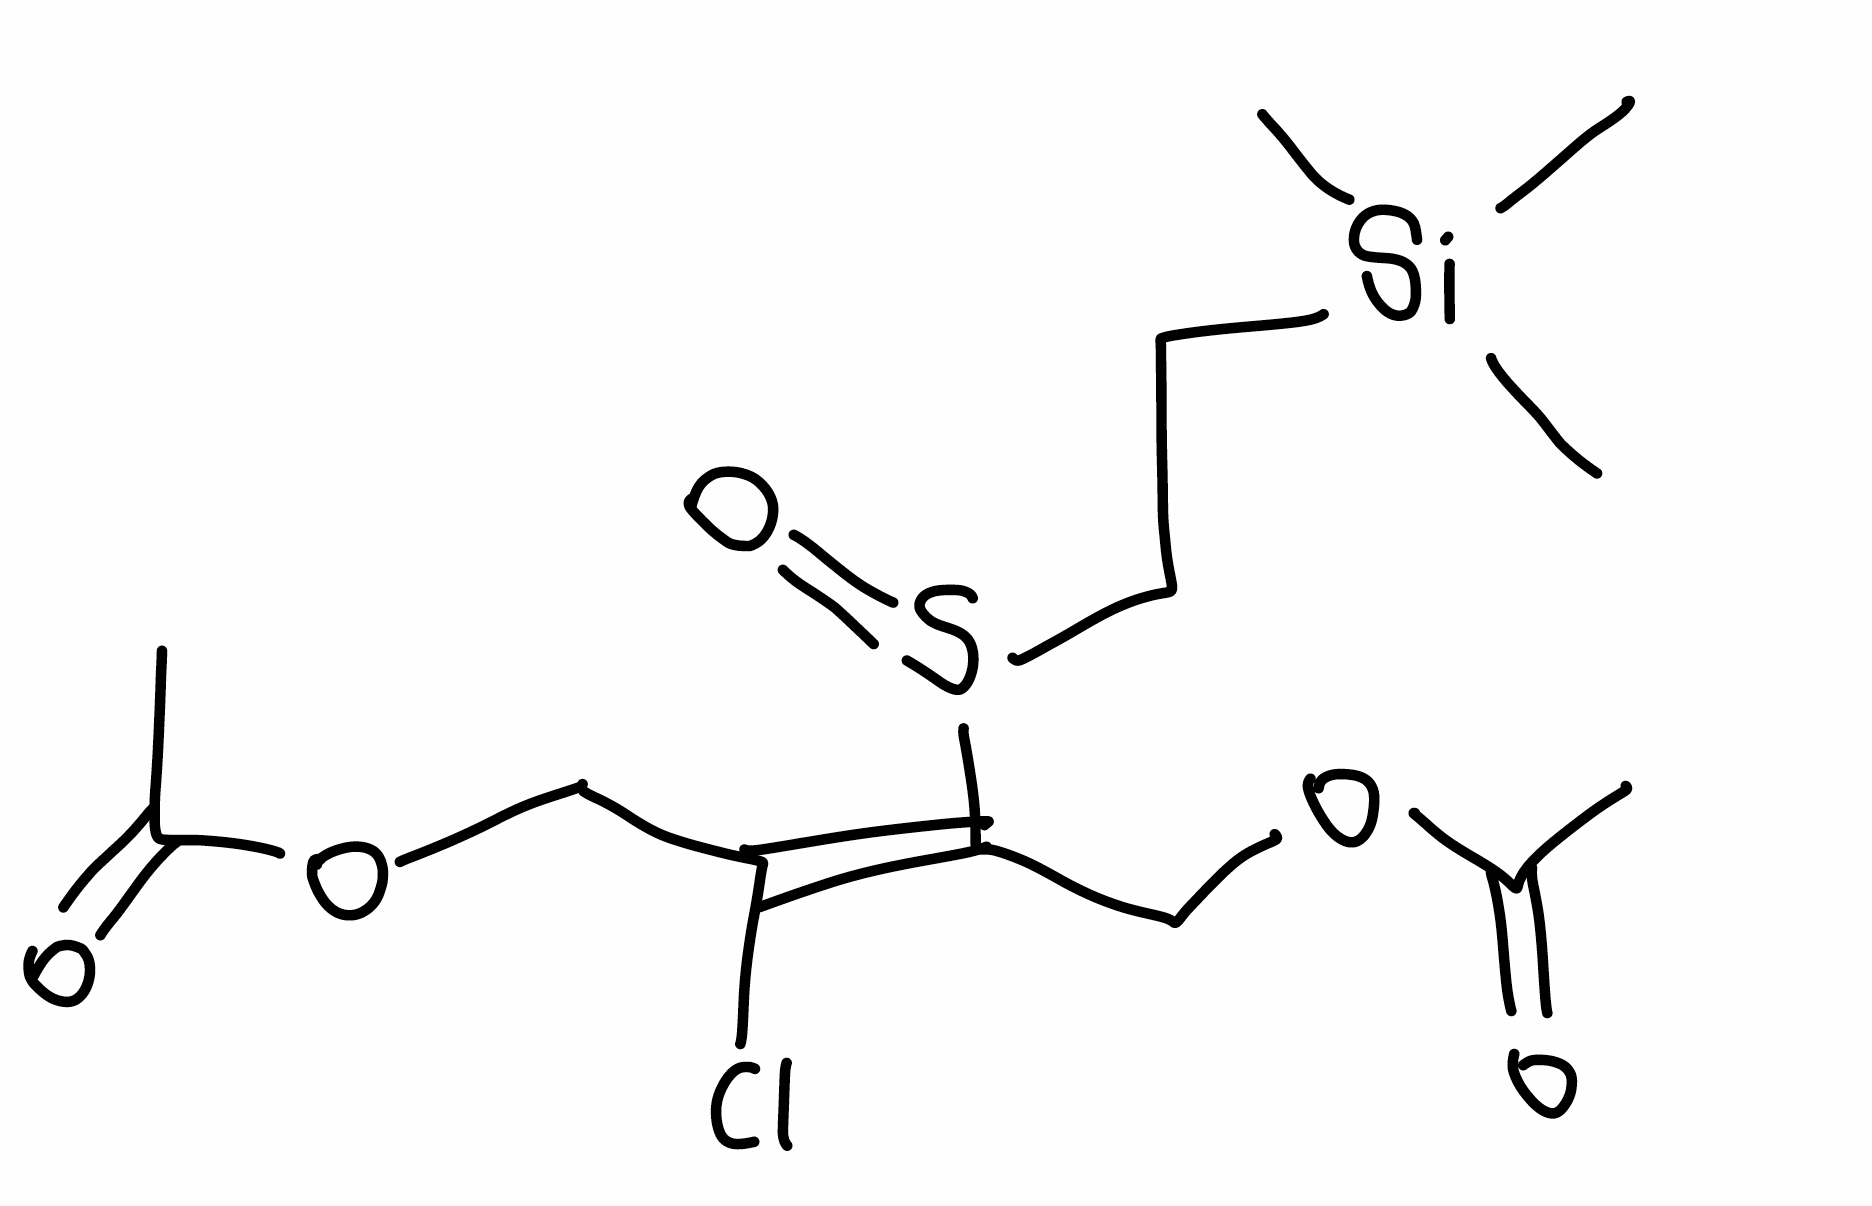
Simplified molecular-input line-entry system (SMILES) notation of the given molecule:
CC(=O)OC/C(=C(/COC(=O)C)\Cl)/S(=O)CC[Si](C)(C)C